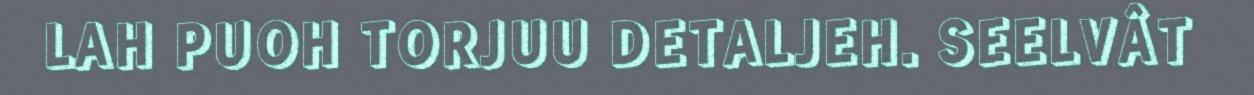
LAH PUOH TORJUU DETALJEH. SEELVÂT